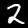
Digit: 2